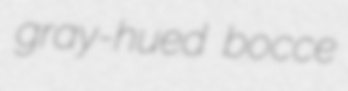
gray-hued bocce